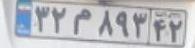
۳۲م۸۹۳۴۲